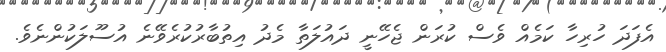
އެފަދަ ހުރިހާ ކަމެއް ވެސް ކުރަން ޖެހޭނީ ދައުލަތާ މެދު އިތުބާރުކުރެވޭނެ އުސޫލަކުންނެވެ.